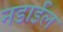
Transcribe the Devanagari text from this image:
नडाईल